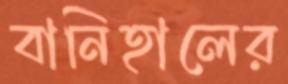
বানিহালের